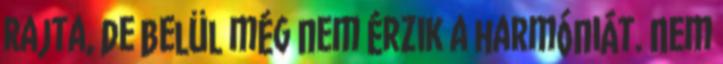
rajta, de belül még nem érzik a harmóniát. Nem